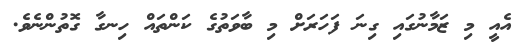
އެއީ މި ޒަމާނުގައި ގިނަ ފަހަރަށް މި ބާވަތުގެ ކަންތައް ހިނގާ ގޮތުންނެވެ.